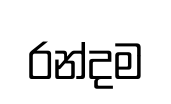
රන්දම